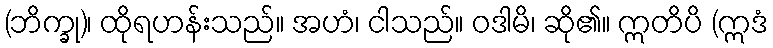
(ဘိက္ခု)၊ ထိုရဟန်းသည်။ အဟံ၊ ငါသည်။ ဝဒါမိ၊ ဆို၏။ ဣတိပိ (ဣဒံ